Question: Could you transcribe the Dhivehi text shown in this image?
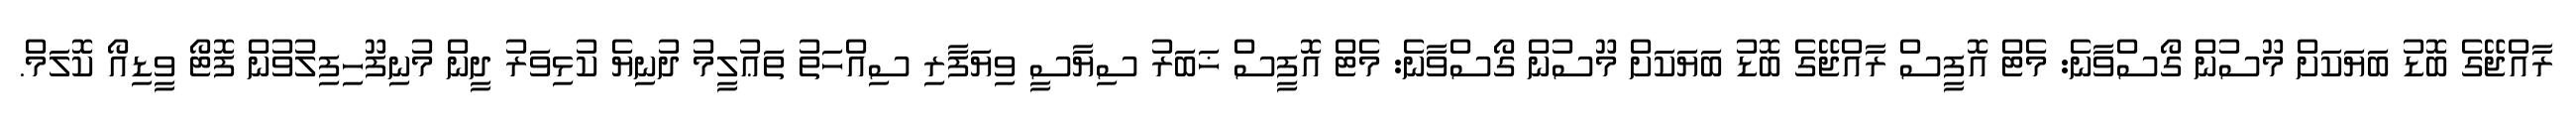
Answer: ރާއްޖޭގެ ބޮޑު ބަޔަކަށް މޫސުން ގޯސްވާނެ: މެޓް އޮފީސް ރާއްޖޭގެ ބޮޑު ބަޔަކަށް މޫސުން ގޯސްވާނެ: މެޓް އޮފީސް ޚަބަރު ސިޔާސީ ވިޔަފާރި ސިއްހަތު ތަޢުލީމު ދުނިޔެ ކުޅިވަރު ދީން މުނިފޫހިފިލުވުން ފޮޓޯ ވީޑިއޯ ކޮލަމް.